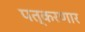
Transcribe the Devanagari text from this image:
पत्करणार